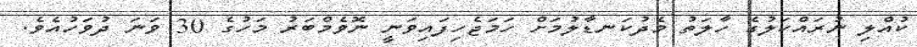
ކުއްލި ނުރައްކަލުގެ ހާލަތު މެދުކަނޑާލުމަށް ހަމަޖެހިފައިވަނީ ނޮވެމްބަރު މަހުގެ 30 ވަނަ ދުވަހުއެވެ.